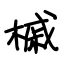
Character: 槭